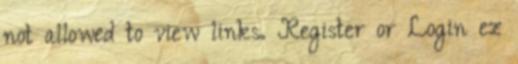
not allowed to view links. Register or Login ez